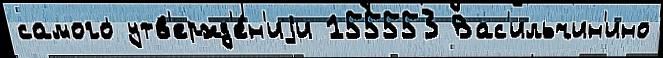
самого утв'ержд'е́н'иjи 155553 Вас'ильчин'ино